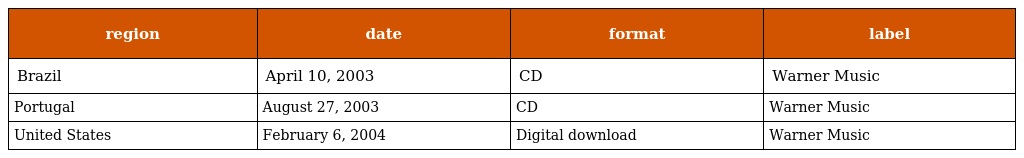
| region | date | format | label |
 | --- | --- | --- | --- |
 | Brazil | April 10, 2003 | CD | Warner Music |
 | Portugal | August 27, 2003 | CD | Warner Music |
 | United States | February 6, 2004 | Digital download | Warner Music |